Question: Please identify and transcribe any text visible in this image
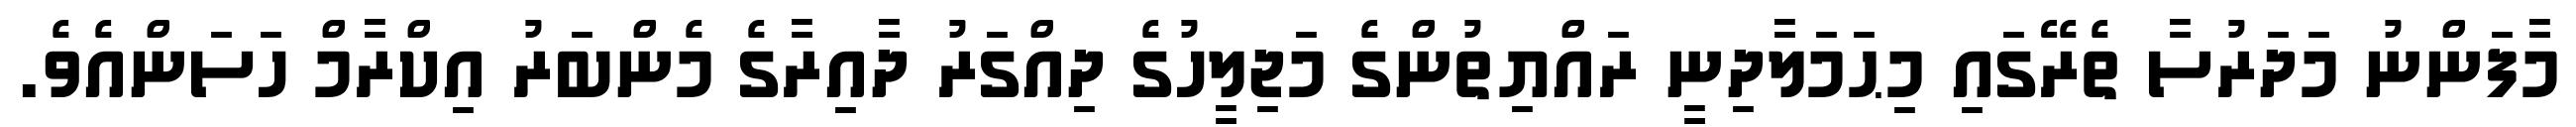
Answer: މާފަންނު މަދަރުސާ ތެރޭގައި މިޙަމަލާދިނީ ރައްޔިތުންގެ މަޖިލީހުގެ ދިއްގަރު ދާއިރާގެ މެންބަރު އިކްރާމް ހަސަންއެވެ.